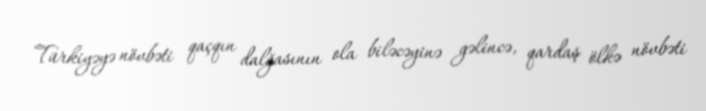
Türkiyəyə növbəti qaçqın dalğasının ola biləcəyinə gəlincə, qardaş ölkə növbəti